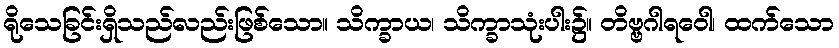
ရိုသေခြင်းရှိသည်လည်းဖြစ်သော။ သိက္ခာယ၊ သိက္ခာသုံးပါး၌။ တိဗ္ဗဂါရဝေါ၊ ထက်သော